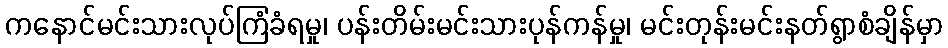
ကနောင်မင်းသားလုပ်ကြံခံရမှု၊ ပန်းတိမ်းမင်းသားပုန်ကန်မှု၊ မင်းတုန်းမင်းနတ်ရွာစံချိန်မှာ